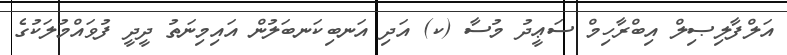
އަލްފާލިޞިލް އިބްރާހިމް ސަޢީދު މުސާ (ކ) އަދި އަނބިކަނބަލުން އައިމިނަތު ދީދީ ފުވައްމުލަކުގެ